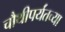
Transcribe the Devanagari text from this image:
चौथीपर्यंतच्या